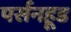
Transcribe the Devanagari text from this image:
पर्सनहूड